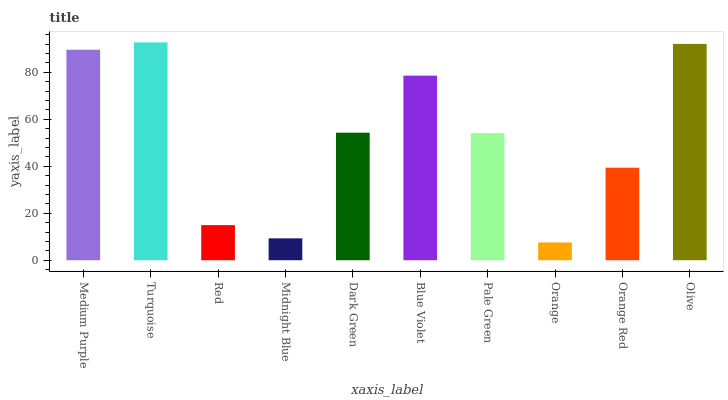
| xaxis_label | bars |
 | --- | --- |
 | Medium Purple | 89.6 |
 | Turquoise | 92.7 |
 | Red | 14.9 |
 | Midnight Blue | 9.31 |
 | Dark Green | 54.3 |
 | Blue Violet | 78.6 |
 | Pale Green | 54.1 |
 | Orange | 7.56 |
 | Orange Red | 39.4 |
 | Olive | 92.1 |